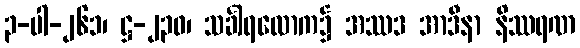
၃-ပါ-၂၆၁၊ ဋ္ဌ-၂၃၀၊ သင်္ခါရလောက၌ အဿဒ အာဒီနာ နိဿရဏ